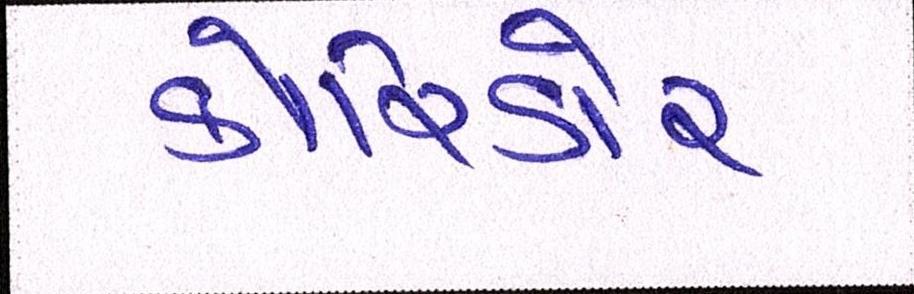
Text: કોરિડોર